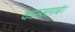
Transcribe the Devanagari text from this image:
काऊतलाबंग